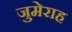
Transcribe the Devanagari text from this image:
जुमेराह